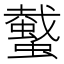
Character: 𧓤